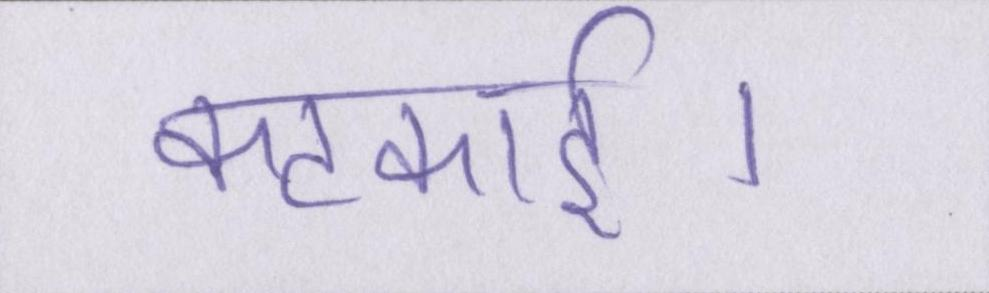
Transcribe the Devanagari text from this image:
कटकाई।